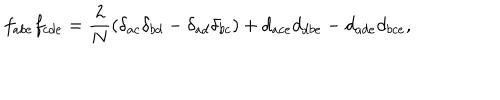
LaTeX: f _ { a b e } f _ { c d e } = \frac { 2 } { N } \left( \delta _ { a c } \delta _ { b d } - \delta _ { a d } \delta _ { b c } \right) + d _ { a c e } d _ { d b e } - d _ { a d e } d _ { b c e } ,